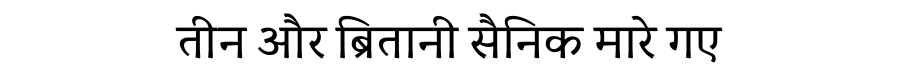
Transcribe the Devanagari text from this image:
तीन और ब्रितानी सैनिक मारे गए